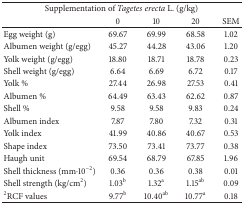
<table><thead><tr><td colspan="5"><b>Supplementation of <i>Tagetes erecta</i> L. (g/kg)</b></td></tr><tr><td><b> </b></td><td><b>0</b></td><td><b>10</b></td><td><b>20</b></td><td><b>SEM</b></td></tr></thead><tbody><tr><td>Egg weight (g)</td><td>69.67</td><td>69.99</td><td>68.58 </td><td>1.02</td></tr><tr><td>Albumen weight (g/egg)</td><td>45.27</td><td>44.28</td><td>43.06</td><td>1.20</td></tr><tr><td>Yolk weight (g/egg)</td><td>18.80</td><td>18.71</td><td>18.78</td><td>0.23</td></tr><tr><td>Shell weight (g/egg)</td><td>6.64 </td><td>6.69</td><td>6.72</td><td>0.17</td></tr><tr><td>Yolk %</td><td>27.44</td><td>26.98</td><td>27.53</td><td>0.41</td></tr><tr><td>Albumen %</td><td>64.49</td><td>63.43</td><td>62.62</td><td>0.87</td></tr><tr><td>Shell % </td><td>9.58</td><td>9.58</td><td>9.83</td><td>0.24</td></tr><tr><td>Albumen index</td><td>7.87</td><td>7.80 </td><td>7.32</td><td>0.31</td></tr><tr><td>Yolk index</td><td>41.99</td><td>40.86</td><td>40.67 </td><td>0.53</td></tr><tr><td>Shape index</td><td>73.50</td><td>73.41</td><td>73.77 </td><td>0.38</td></tr><tr><td>Haugh unit </td><td>69.54</td><td>68.79</td><td>67.85</td><td>1.96</td></tr><tr><td>Shell thickness (mm<i>·</i>10<sup>−2</sup>)</td><td>0.36 </td><td>0.36</td><td>0.38</td><td>0.01</td></tr><tr><td>Shell strength (kg/cm<sup>2</sup>)</td><td>1.03<sup>b</sup></td><td>1.32<sup>a</sup></td><td>1.15<sup>ab</sup></td><td>0.09</td></tr><tr><td><sup>2</sup>RCF values</td><td>9.77<sup>b</sup></td><td>10.40<sup>ab</sup></td><td>10.77<sup>a</sup></td><td>0.18</td></tr></tbody></table>